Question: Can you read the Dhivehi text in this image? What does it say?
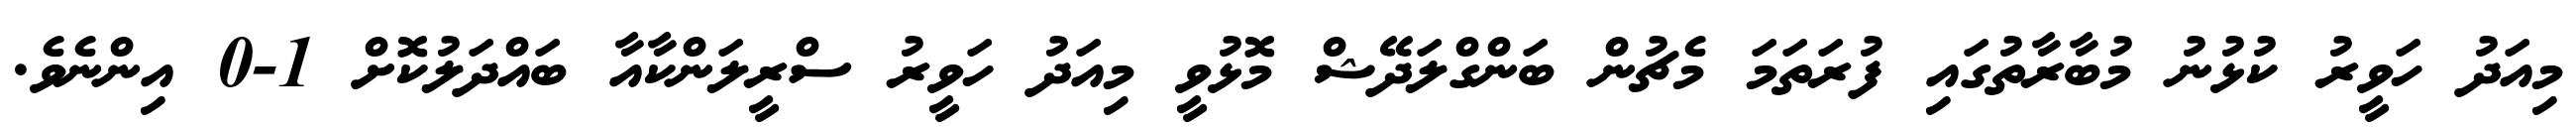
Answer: މިއަދު ހަވީރު ކުޅުނު މުބާރާތުގައި ފުރަތަމަ މެޗުން ބަންގްލަދޭޝް މޮޅުވީ މިއަދު ހަވީރު ސްރީލަންކާއާ ބައްދަލުކޮށް 1-0 އިންނެވެ.